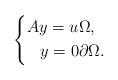
LaTeX: \begin{align*} \left\{ \begin{aligned} Ay = u & \Omega,\\ y = 0 & \partial \Omega. \end{aligned} \right.\end{align*}